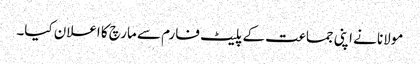
مولانا نے اپنی جماعت کے پلیٹ فارم سے مارچ کا اعلان کیا۔